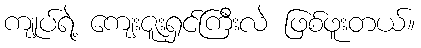
ကျုပ်ရဲ့ ကျေးဇူးရှင်ကြီးလဲ ဖြစ်ဖူးတယ်။